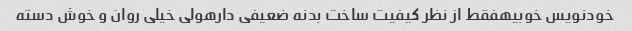
خودنویس خوبیهفقط از نظر کیفیت ساخت بدنه ضعیفی دارهولی خیلی روان و خوش دسته